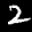
Label: 2